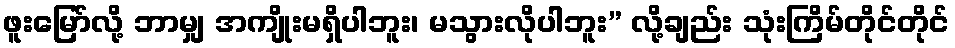
ဖူးမြော်လို့ ဘာမျှ အကျိုးမရှိပါဘူး၊ မသွားလိုပါဘူး” လို့ချည်း သုံးကြိမ်တိုင်တိုင်